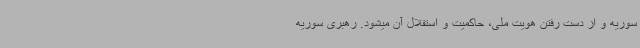
سوریه و از دست رفتن هویت ملی، حاکمیت و استقلال آن میشود. رهبری سوریه